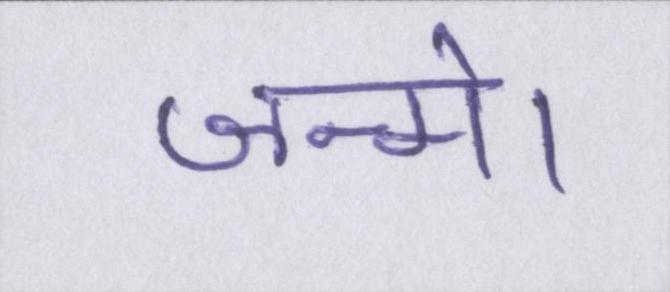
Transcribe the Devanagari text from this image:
जन्मे।